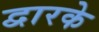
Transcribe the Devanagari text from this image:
द्वारके